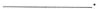
___.